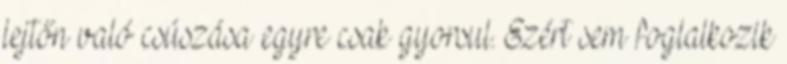
lejtőn való csúszása egyre csak gyorsul. Ezért sem foglalkozik